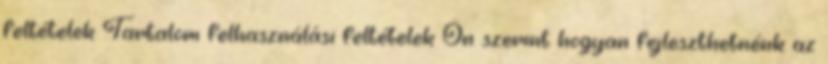
feltételek Tartalom felhasználási feltételek Ön szerint hogyan fejleszthetnénk az